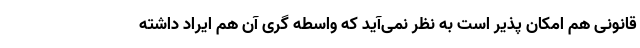
قانونی هم امکان پذیر است به نظر نمی‌آید که واسطه گری آن هم ایراد داشته